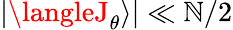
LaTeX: |\langleJ_{\theta}\rangle|\ll\mathbb{N}/2